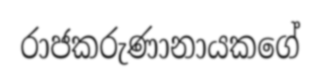
රාජකරුණානායකගේ